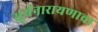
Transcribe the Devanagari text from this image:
सूर्यनारायणाचा